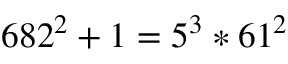
6 8 2 ^ { 2 } + 1 = 5 ^ { 3 } * 6 1 ^ { 2 }